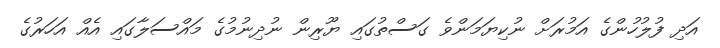
އަދި ފުލުހުންގެ އަމުރަށް ނުކިޔަމަންވެ ގަސްތުގައި ޔޫރިން ނުދިނުމުގެ މައްސަލާގައި އެއް އަހަރުގެ